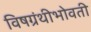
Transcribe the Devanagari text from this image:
विषग्रंथीभोवती